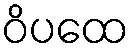
ဝိပထေ